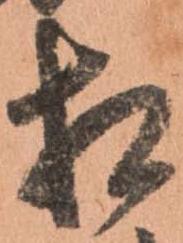
相